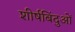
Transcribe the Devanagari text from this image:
शीर्षबिंदुओं